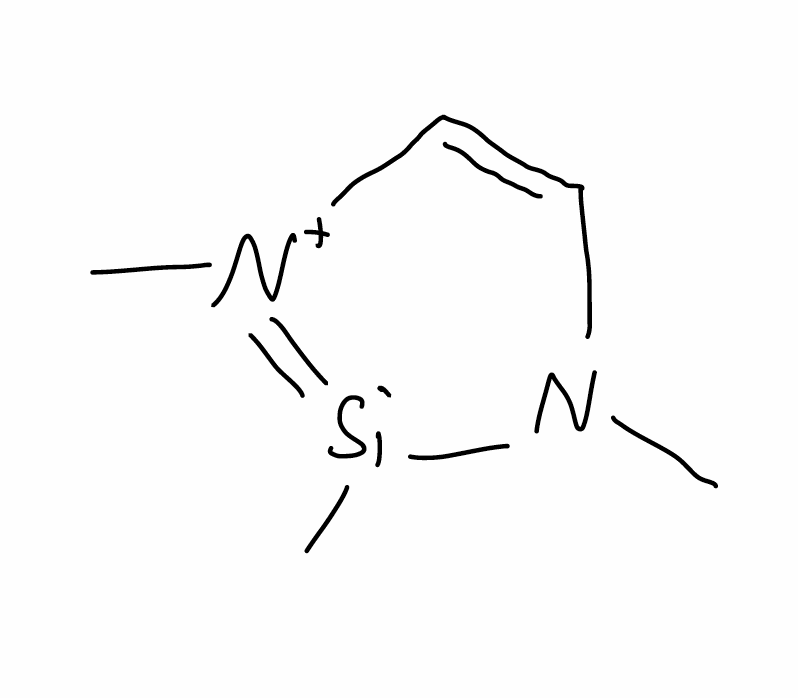
Simplified molecular-input line-entry system (SMILES) notation of the given molecule:
CN1C=C[N+](=[Si]1C)C